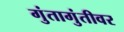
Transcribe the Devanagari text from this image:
गुंतागुंतीवर